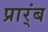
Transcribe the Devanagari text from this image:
प्रार्ंब